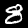
Digit: 8